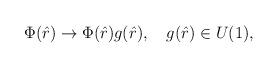
LaTeX: \begin{align*}\Phi(\hat r) \to \Phi(\hat r) g(\hat r), \quad g(\hat r) \in U(1),\end{align*}